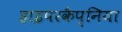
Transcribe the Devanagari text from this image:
हाइपरकैप्निया